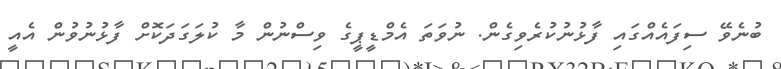
ބުނެވޭ ސިފައެއްގައި ފާޅުނުކުރެވިގެން. ނުވަތަ އެމްޑީޕީގެ ވިސްނުން މާ ކުލަގަދަކޮށް ފާޅުނުވުން އެއީ